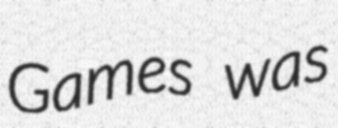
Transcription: Games was